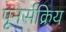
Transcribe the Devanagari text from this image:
पूनर्सक्रिय